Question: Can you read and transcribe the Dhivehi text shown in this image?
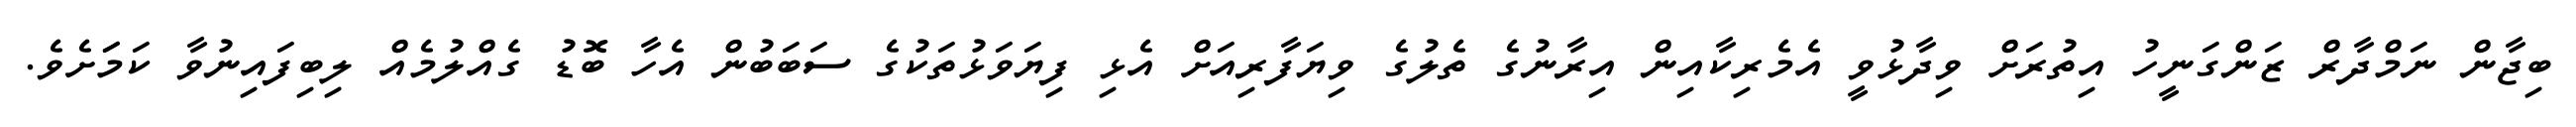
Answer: ބިޖާން ނަމްދާރް ޒަންގަނީހު އިތުރަށް ވިދާޅުވީ އެމެރިކާއިން އިރާނުގެ ތެލުގެ ވިޔަފާރިއަށް އެޅި ފިޔަވަޅުތަކުގެ ސަބަބުން އެހާ ބޮޑު ގެއްލުމެއް ލިބިފައިނުވާ ކަމަަށެވެ.